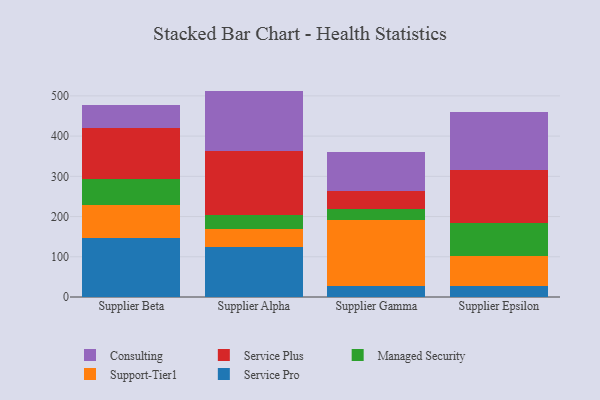
{"axis": {"x": "Supplier", "y": "Bounce Rate (%)"}, "legend": ["Consulting", "Managed Security", "Service Plus", "Service Pro", "Support-Tier1"], "data": [{"x": "Supplier Beta", "y": 146.2, "type": "Service Pro"}, {"x": "Supplier Beta", "y": 83.2, "type": "Support-Tier1"}, {"x": "Supplier Beta", "y": 63.8, "type": "Managed Security"}, {"x": "Supplier Beta", "y": 126.3, "type": "Service Plus"}, {"x": "Supplier Beta", "y": 58.1, "type": "Consulting"}, {"x": "Supplier Alpha", "y": 123.7, "type": "Service Pro"}, {"x": "Supplier Alpha", "y": 45.8, "type": "Support-Tier1"}, {"x": "Supplier Alpha", "y": 35.5, "type": "Managed Security"}, {"x": "Supplier Alpha", "y": 158.3, "type": "Service Plus"}, {"x": "Supplier Alpha", "y": 149.2, "type": "Consulting"}, {"x": "Supplier Gamma", "y": 27.3, "type": "Service Pro"}, {"x": "Supplier Gamma", "y": 163.7, "type": "Support-Tier1"}, {"x": "Supplier Gamma", "y": 28.5, "type": "Managed Security"}, {"x": "Supplier Gamma", "y": 42.8, "type": "Service Plus"}, {"x": "Supplier Gamma", "y": 98.4, "type": "Consulting"}, {"x": "Supplier Epsilon", "y": 26.3, "type": "Service Pro"}, {"x": "Supplier Epsilon", "y": 74.6, "type": "Support-Tier1"}, {"x": "Supplier Epsilon", "y": 83.7, "type": "Managed Security"}, {"x": "Supplier Epsilon", "y": 131.1, "type": "Service Plus"}, {"x": "Supplier Epsilon", "y": 144.9, "type": "Consulting"}]}